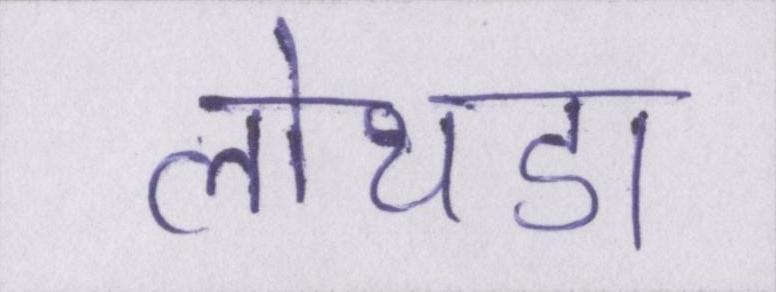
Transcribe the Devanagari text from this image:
लोथडा